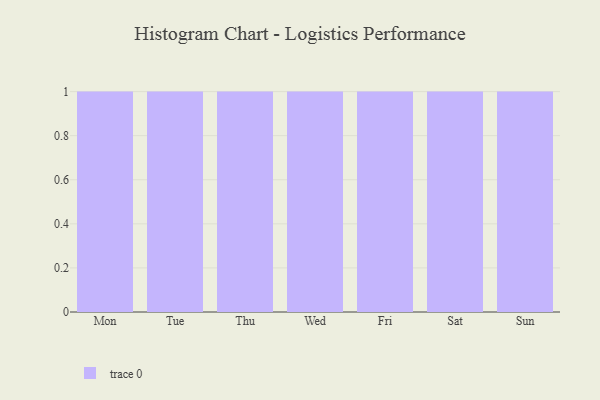
{"axis": {"x": "Day", "y": "Churn Rate (%)"}, "legend": [""], "data": [{"x": "Mon", "y": 29, "type": ""}, {"x": "Tue", "y": 50, "type": ""}, {"x": "Thu", "y": 52, "type": ""}, {"x": "Wed", "y": 2, "type": ""}, {"x": "Fri", "y": 26, "type": ""}, {"x": "Sat", "y": 53, "type": ""}, {"x": "Sun", "y": 68, "type": ""}]}